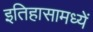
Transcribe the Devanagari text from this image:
इतिहासामध्यें